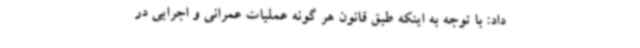
داد: با توجه به اینکه طبق قانون هر گونه عملیات عمرانی و اجرایی در